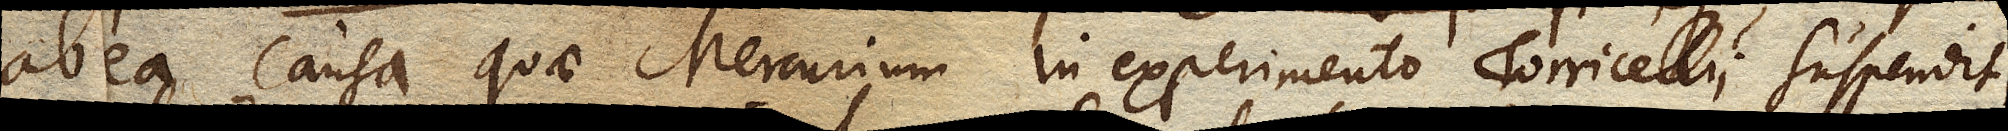
ab ea causa quae Mercurium in experimento Torricellii suspendit,